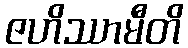
ဇဟိဿာမီတိ